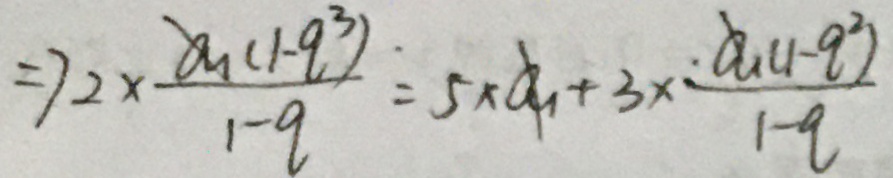
= 7 2 \times \frac { a _ { 1 } ( 1 - q ^ { 3 } ) \cdot } { 1 - q } = 5 \times a _ { 1 } + 3 \times \frac { \cdot a _ { 1 } ( 1 - q ^ { 2 } ) } { 1 - q }